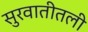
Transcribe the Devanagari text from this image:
सुरवातीतली